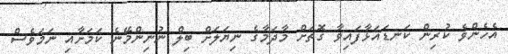
އެހެންވެ ކުރިން ކަނޑައަޅާފައިވާ ގޮތަށް މާދަމާގެ ނިޔަލަށް ބިލް ނުނިންމޭނެ ކަމަށާއި ނަމަވެސް